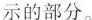
示的部分。